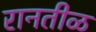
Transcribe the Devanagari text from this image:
रानतीळ